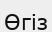
Өгіз